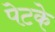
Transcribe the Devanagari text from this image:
पेटके